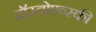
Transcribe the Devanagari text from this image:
दॉस्तोएव्स्की